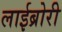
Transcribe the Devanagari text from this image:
लाईब्रोरी